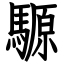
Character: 騵